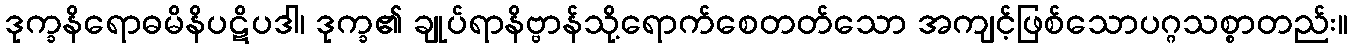
ဒုက္ခနိရောဓမိနိပဋိပဒါ၊ ဒုက္ခ၏ ချုပ်ရာနိဗ္ဗာန်သို့ရောက်စေတတ်သော အကျင့်ဖြစ်သောပဂ္ဂသစ္စာတည်း။